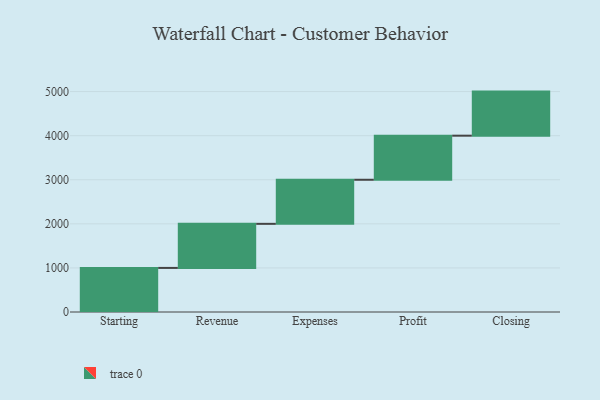
{"axis": {"x": "Step", "y": "Value"}, "legend": [""], "data": [{"x": "Starting", "y": 1000, "type": ""}, {"x": "Revenue", "y": 1000, "type": ""}, {"x": "Expenses", "y": 1000, "type": ""}, {"x": "Profit", "y": 1000, "type": ""}, {"x": "Closing", "y": 1000, "type": ""}]}